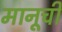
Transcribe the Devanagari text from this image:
मानूची